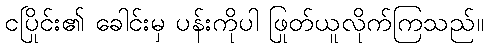
ငပြိုင်း၏ ခေါင်းမှ ပန်းကိုပါ ဖြုတ်ယူလိုက်ကြသည်။